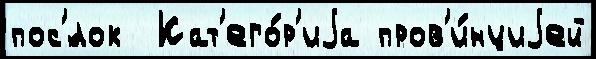
пос'́лок  Кат'его́р'иjа пров'и́нциjей